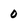
Character: 0